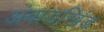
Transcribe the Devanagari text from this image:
अंबाडखिंड